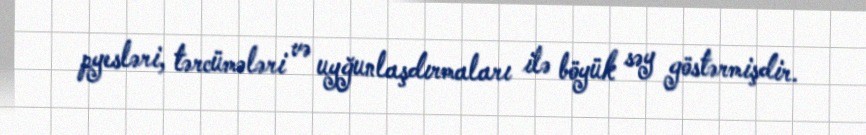
pyesləri, tərcümələri və uyğunlaşdırmaları ilə böyük səy göstərmişdir.